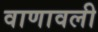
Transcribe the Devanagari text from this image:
वाणावली